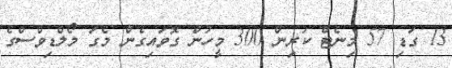
13 ގަޑި 57 މިނެޓް ކުރިން 300 މީހުން ގޮވައިގެން މެގަ މޯލްޑިވްސްގެ